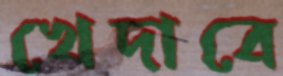
খেদাবে